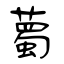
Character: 薥